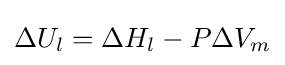
\Delta U_{l}=\Delta H_{l}-P\Delta V_{m}